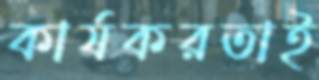
কার্যকরতাই